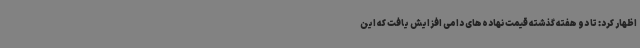
اظهار کرد: تا دو هفته گذشته قیمت نهاده‌های دامی افزایش یافت که این